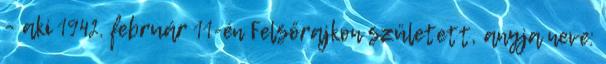
– aki 1942. február 11-én Felsőrajkon született, anyja neve: